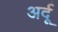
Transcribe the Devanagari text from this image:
अर्दू